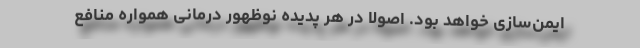
ایمن‌سازی خواهد بود. اصولا در هر پدیده نوظهور درمانی همواره منافع